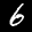
Label: 6